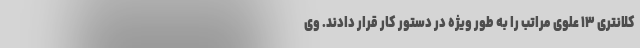
کلانتری ۱۳ علوی مراتب را به طور ویژه در دستور کار قرار دادند. وی